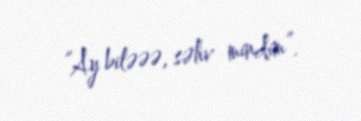
“Ay biləəə, səhv mindim”.